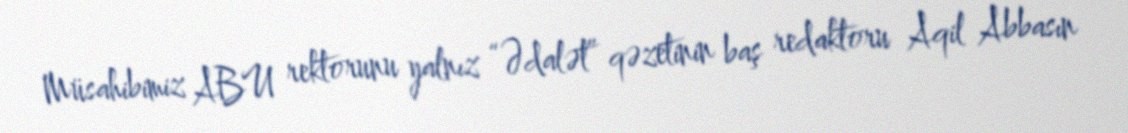
Müsahibimiz ABU rektorunu yalnız “Ədalət” qəzetinin baş redaktoru Aqil Abbasın